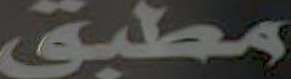
مطبق